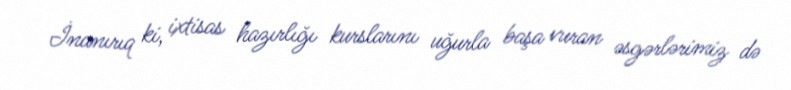
İnanırıq ki, ixtisas hazırlığı kurslarını uğurla başa vuran əsgərlərimiz də